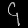
Digit: ၄